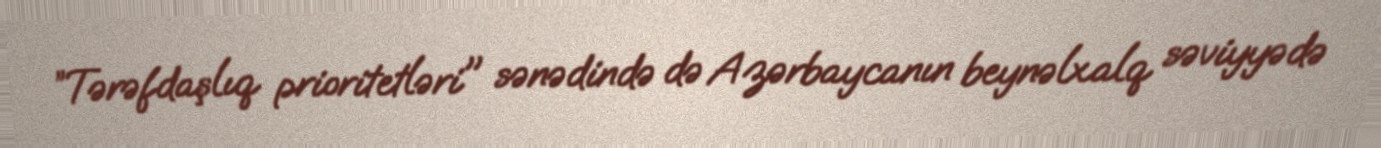
”Tərəfdaşlıq prioritetləri" sənədində də Azərbaycanın beynəlxalq səviyyədə